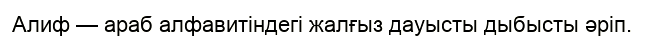
Алиф — араб алфавитіндегі жалғыз дауысты дыбысты әріп.